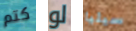
كتم لو سيليا